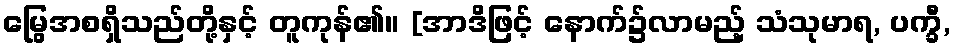
မြွေအစရှိသည်တို့နှင့် တူကုန်၏။ [အာဒိဖြင့် နောက်၌လာမည့် သံသုမာရ, ပက္ခီ,